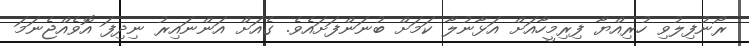
ރޯނުފިލުވި ހުރިއްޔާ ފިރިމީހާއަށް އަޅާނުލާ ކަމަށް ބުނަންފަށައެވެ. ގެއަށް އަންނައިރު ނިދިފަ އޮވެއްޖެނަމަ